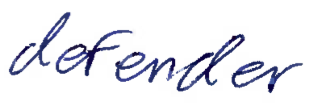
Text: defender
Cross-out: clean
Writing tool: ballpoint